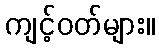
ကျင့်ဝတ်များ။